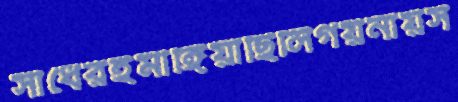
সাধেরইমাঙ্গিয়াছিলিগয়নায়স